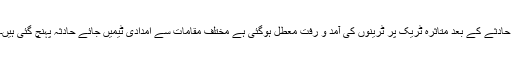
حادثے کے بعد متاثرہ ٹریک پر ٹرینوں کی آمد و رفت معطل ہوگئی ہے مختلف مقامات سے امدادی ٹیمیں جائے حادثہ پہنچ گئی ہیں۔